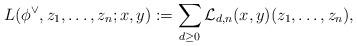
LaTeX: \begin{align*}L(\phi^{\vee},z_1,\dots,z_n;x,y):=\sum_{d \geq 0} \mathcal{L}_{d,n}(x,y)(z_1,\dots,z_n),\end{align*}